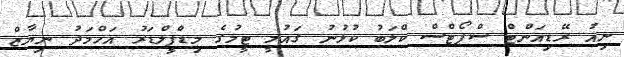
ނިއު ރޭޑިއަންޓް ސްޕޯޓްސް ކްލަބު ކުޅުނު ގައުމީ ޓީމުގެ މިޑްފީލްޑަރު އަހްމަދު ނިޔާޒް